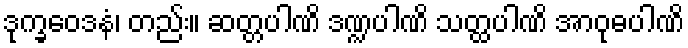
ဒုက္ခဝေဒနံ၊ တည်း။ ဆတ္တပါဏိ ဒဏ္ဍပါဏိ သတ္ထပါဏိ အာဝုဓပါဏိ